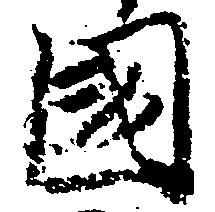
国